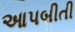
આપબીતી